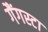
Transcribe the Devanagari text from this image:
गैंगस्टा